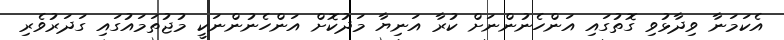
އެކަމަނާ ވިދާޅުވި ގޮތުގައި އަންހެނުންނަށް ކުރާ އަނިޔާ މަދުކޮށް އަންހެނުންނަކީ މުޖުތަމައުގައި ގަދަރުވެރި